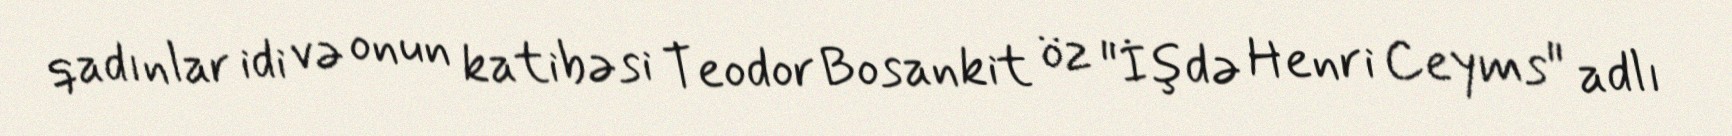
qadınlar idi və onun katibəsi Teodor Bosankit öz "İşdə Henri Ceyms" adlı